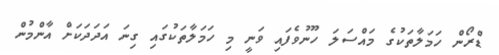
ޑްރޯން ހަމަލާތަކުގެ މައްސަލަ ހޫނުވެފައި ވަނީ މި ހަމަލާތަކުގައި ގިނަ އަދަދަކަށް އާންމުން